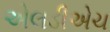
એલડીએચ